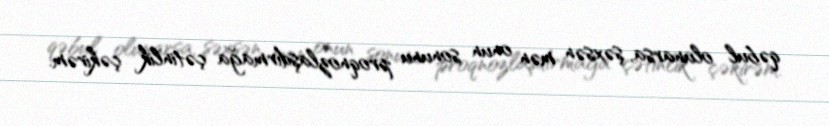
qəbul olunarsa, şəxsən mən onun sonunu proqnozlaşdırmağa çətinlik çəkirəm.